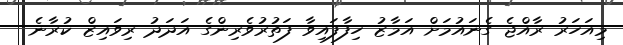
މިއަހަރު ރާއްޖެ ގެނައުމަށް އަމާޒު ހިފާފައިވާ ފަތުރުވެރިންގެ އަދަދު ރިވައިޒް ކުރާނެ